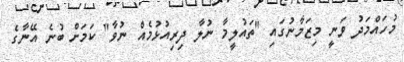
މުހައްމަދު ވަނީ މިޒަމާނުގައި "ތައުލީމާ ނުލާ ދިރިއުޅުމެއް ނުވާ" ކަމަށް ބުނެ އޭނާގެ